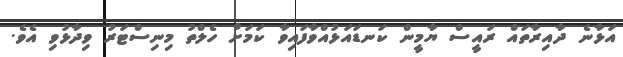
އަޅާނެ ދާއިރާތައް ރައީސް ޔާމީން ކަނޑައަޅުއްވާފައިވާ ކަމަށް ހެލްތު މިނިސްޓަރު ވިދާޅުވި އެވެ.